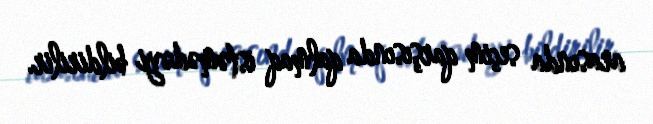
arasında seçim qarşısında qalmaq istəmədəyi bildirilir.